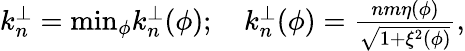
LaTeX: \begin{array}{r}{k_{n}^{\perp}=\textrm{min}_{\phi}k_{n}^{\perp}(\phi);\quad k_{n}^{\perp}(\phi)=\frac{nm\eta(\phi)}{\sqrt{1+\xi^{2}(\phi)}},}\end{array}